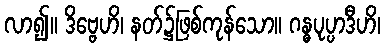
လာ၍။ ဒိဗ္ဗေဟိ၊ နတ်၌ဖြစ်ကုန်သော။ ဂန္ဓပုပ္ပာဒီဟိ၊